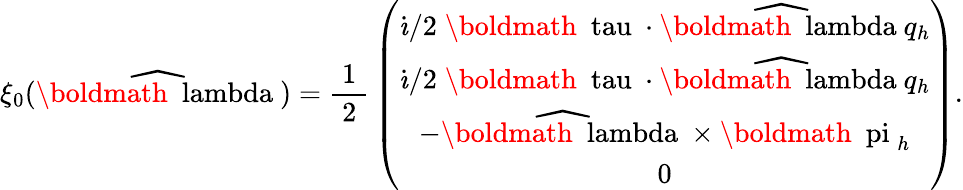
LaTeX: \xi_{0}(\widehat{\mathrm{\boldmath~\ lambda~}})=\mathrm{\frac{~1~}{~2~}}\left(\begin{array}{c}{{\dot{\imath}/2\; \mathrm{\boldmath~\ tau~}\cdot\widehat{\mathrm{\boldmath~\ lambda~}}q_{h}}}\\ {{\dot{\imath}/2\; \mathrm{\boldmath~\ tau~}\cdot\widehat{\mathrm{\boldmath~\ lambda~}}q_{h}}}\\ {{-\widehat{\mathrm{\boldmath~\ lambda~}}\times\mathrm{\boldmath~\ pi~}_{h}}}\\ {{0}}\end{array}\right).